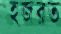
হজরত